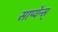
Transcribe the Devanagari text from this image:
साप्येन्स्